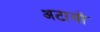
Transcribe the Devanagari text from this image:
अटायो